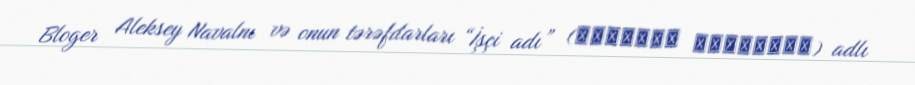
Bloger Aleksey Navalnı və onun tərəfdarları “İşçi adı” (Рабочее название) adlı